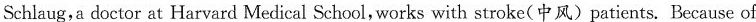
Schlaug,a doctor at Harvard Medical School,works with stroke(中风)patients. Because of